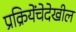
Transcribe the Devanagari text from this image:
प्रक्रियेंचेदेखील